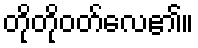
တိုတိုဝတ်လေ၏။